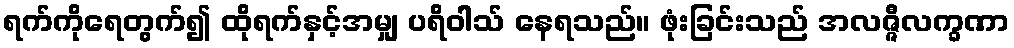
ရက်ကိုရေတွက်၍ ထိုရက်နှင့်အမျှ ပရိဝါသ် နေရသည်။ ဖုံးခြင်းသည် အလဇ္ဇီလက္ခဏာ